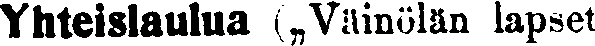
Yhteislaulua (,,Väinölän lapset